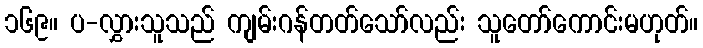
၁၆၉။ ပ-လွှားသူသည် ကျမ်းဂန်တတ်သော်လည်း သူတော်ကောင်းမဟုတ်။